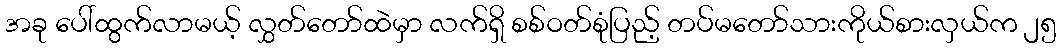
အခု ပေါ်ထွက်လာမယ့် လွှတ်တော်ထဲမှာ လက်ရှိ စစ်ဝတ်စုံပြည့် တပ်မတော်သားကိုယ်စားလှယ်က ၂၅